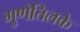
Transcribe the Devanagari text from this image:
गुणेतिलके